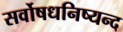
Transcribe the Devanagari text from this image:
सर्वोषधनिष्यन्द